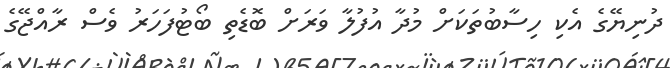
ދުނިޔޭގެ އެކި ހިސާބުތަކަށް މުދާ އުފުލާ ވަރަށް ބޮޑެތި ބޯޓުފަހަރު ވެސް ރާއްޖޭގެ